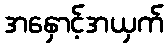
အနှောင့်အယှက်